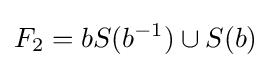
F_{2}=bS(b^{-1})\cup S(b)